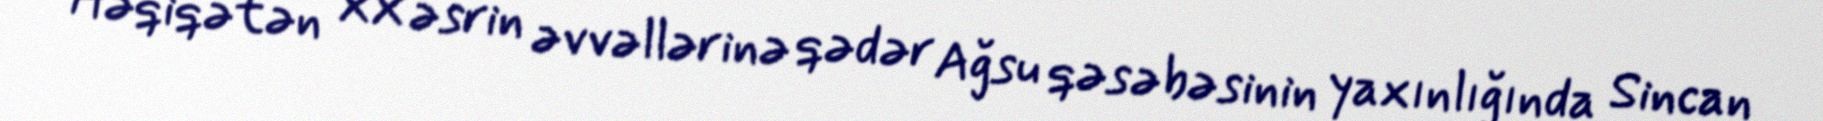
Həqiqətən XX əsrin əvvəllərinə qədər Ağsu qəsəbəsinin yaxınlığında Sincan